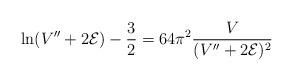
LaTeX: \begin{align*}\ln (V''+2{\cal E}) -\frac{3}{2} = 64\pi^2\frac{V}{(V''+2{\cal E})^2}\end{align*}